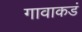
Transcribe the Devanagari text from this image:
गावाकडं